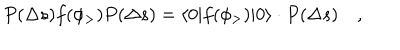
LaTeX: P ( \Delta s ) f ( \phi _ { > } ) P ( \Delta s ) = \langle 0 | f ( \phi _ { > } ) | 0 \rangle \cdot P ( \Delta s ) \quad ,